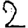
Digit: 2